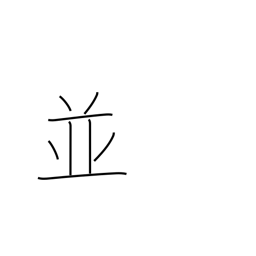
Meaning: as well as